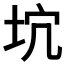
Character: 𡊫